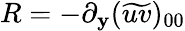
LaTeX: R=-\partial_{\mathbf{y}}(\widetilde{{uv}})_{00}